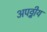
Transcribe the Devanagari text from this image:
अपठ्नीय